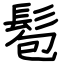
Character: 髱